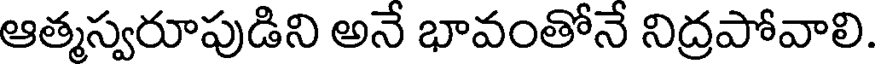
ఆత్మస్వరూపుడిని అనే భావంతోనే నిద్రపోవాలి.